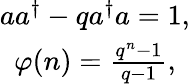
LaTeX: \begin{array}{c}{{aa^{\dagger}-qa^{\dagger}a=1,}}\\ {{\varphi(n)=\frac{q^{n}-1}{q-1},}}\end{array}